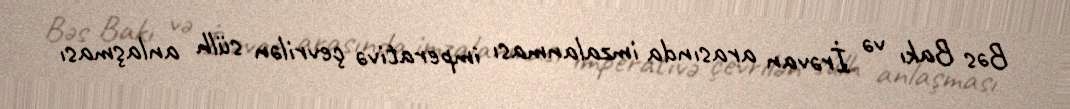
Bəs Bakı və İrəvan arasında imzalanması imperativə çevrilən sülh anlaşması